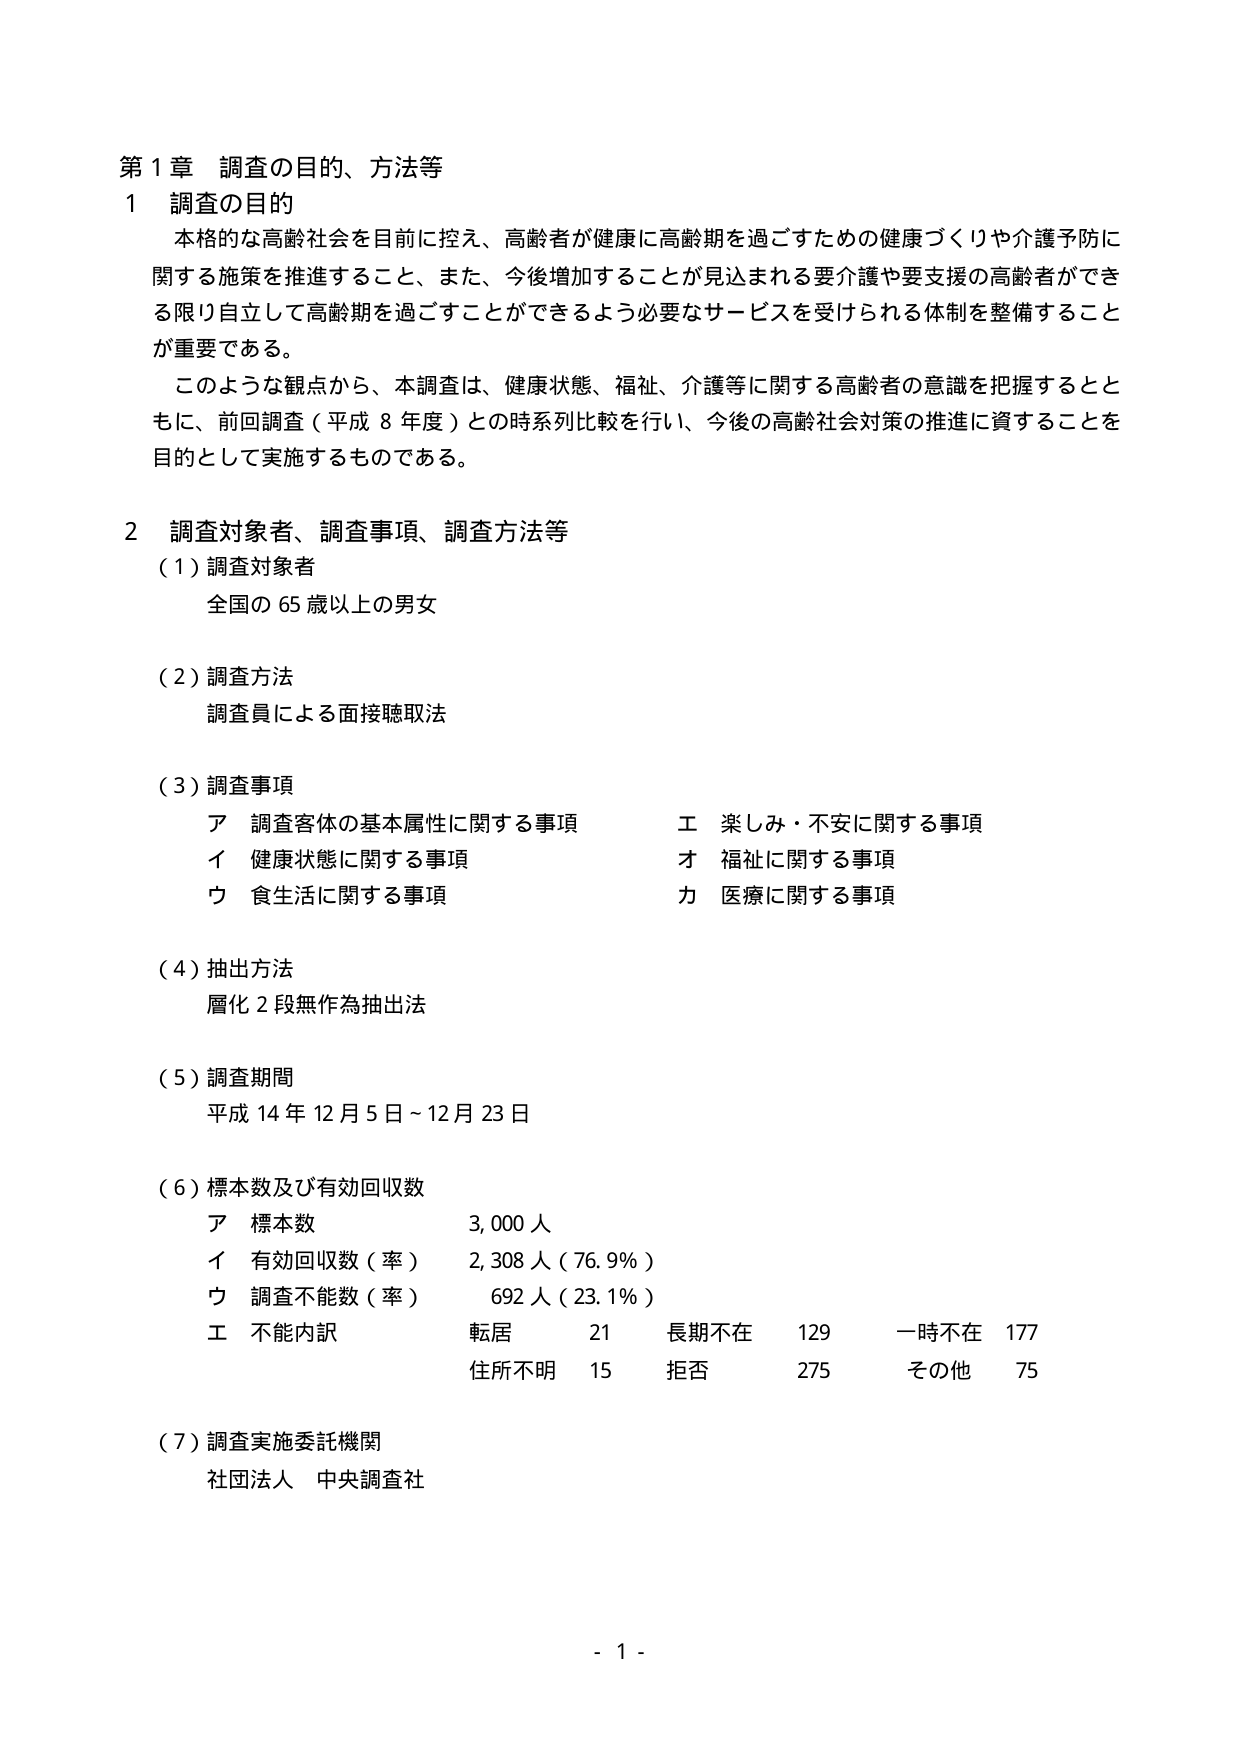
第１章 調査の目的、方法等

１ 調査の目的
本格的な高齢社会を目前に控え、高齢者が健康に高齢期を過ごすための健康づくりや介護予防に関する施策を推進すること、また、今後増加することが見込まれる要介護や要支援の高齢者ができる限り自立して高齢期を過ごすことができるよう必要なサービスを受けられる体制を整備することが重要である。
このような観点から、本調査は、健康状態、福祉、介護等に関する高齢者の意識を把握するとともに、前回調査（平成８年度）との時系列比較を行い、今後の高齢社会対策の推進に資することを目的として実施するものである。

２ 調査対象者、調査事項、調査方法等
（１）調査対象者
　　全国の６５歳以上の男女

（２）調査方法
　　調査員による面接聴取法

（３）調査事項
　　ア 調査客体の基本属性に関する事項　　　　　　エ 楽しみ・不安に関する事項
　　イ 健康状態に関する事項　　　　　　　　　　　オ 福祉に関する事項
　　ウ 食生活に関する事項　　　　　　　　　　　　カ 医療に関する事項

（４）抽出方法
　　層化２段無作為抽出法

（５）調査期間
　　平成１４年１２月５日～１２月２３日

（６）標本数及び有効回収数
　　ア 標本数　　　　　　　　　　　　　　　　　　３，０００人
　　イ 有効回収数（率）　　　　　　　　　　　　２，３０８人（７６．９％）
　　ウ 調査不能数（率）　　　　　　　　　　　　　６９２人（２３．１％）
　　エ 不能内訳　　　　　　　　　　　　　　　　　転居　　２１　　長期不在　　１２９　　一時不在　　１７７
　　　　　　　　　　　　　　　　　　　　　　　　住所不明　１５　　拒否　　　　２７５　　その他　　　７５

（７）調査実施委託機関
　　社団法人 中央調査社

- 1 -